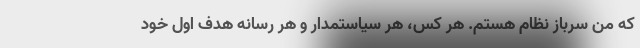
که من سرباز نظام هستم. هر کس، هر سیاستمدار و هر رسانه هدف اول خود